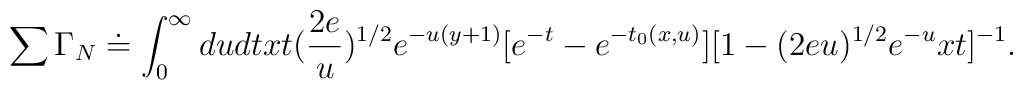
\sum \Gamma_N \doteq \int^{\infty}_0 dudt xt(\frac{2e}{u})^{1/2}e^{-u(y+1)}[e^{-t}-e^{-t_0(x,u)}][1-(2eu)^{1/2}e^{-u}xt]^{-1}.